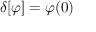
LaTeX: \delta [ \varphi ] = \varphi ( 0 )